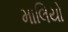
માલિયો